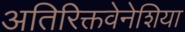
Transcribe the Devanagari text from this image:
अतिरिक्तवेनेशिया